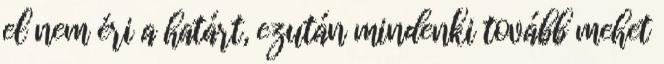
el nem éri a határt, ezután mindenki tovább mehet